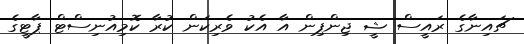
ޗައިނާގެ ރައީސް ޝީ ޖިންޕިން އާ އެކު ވެރިކަން ކުރާ ކޮމިއުނިސްޓް ޕާޓީގެ